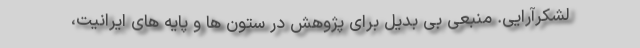
لشکرآرایی. منبعی بی بدیل برای پژوهش در ستون ها و پایه های ایرانیت،